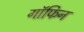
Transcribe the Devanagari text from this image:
गॉफिन